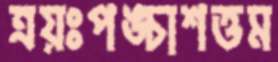
ত্রয়ঃপঙ্চাশত্তম